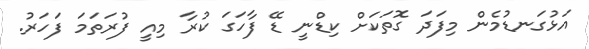
އަޅުގަނޑުމެން މިފަދަ ގޮތަކަށް ކިޑްނީ ޑޭ ފާހަގަ ކުރާ މިއީ ފުރަތަމަ ފަހަރު.